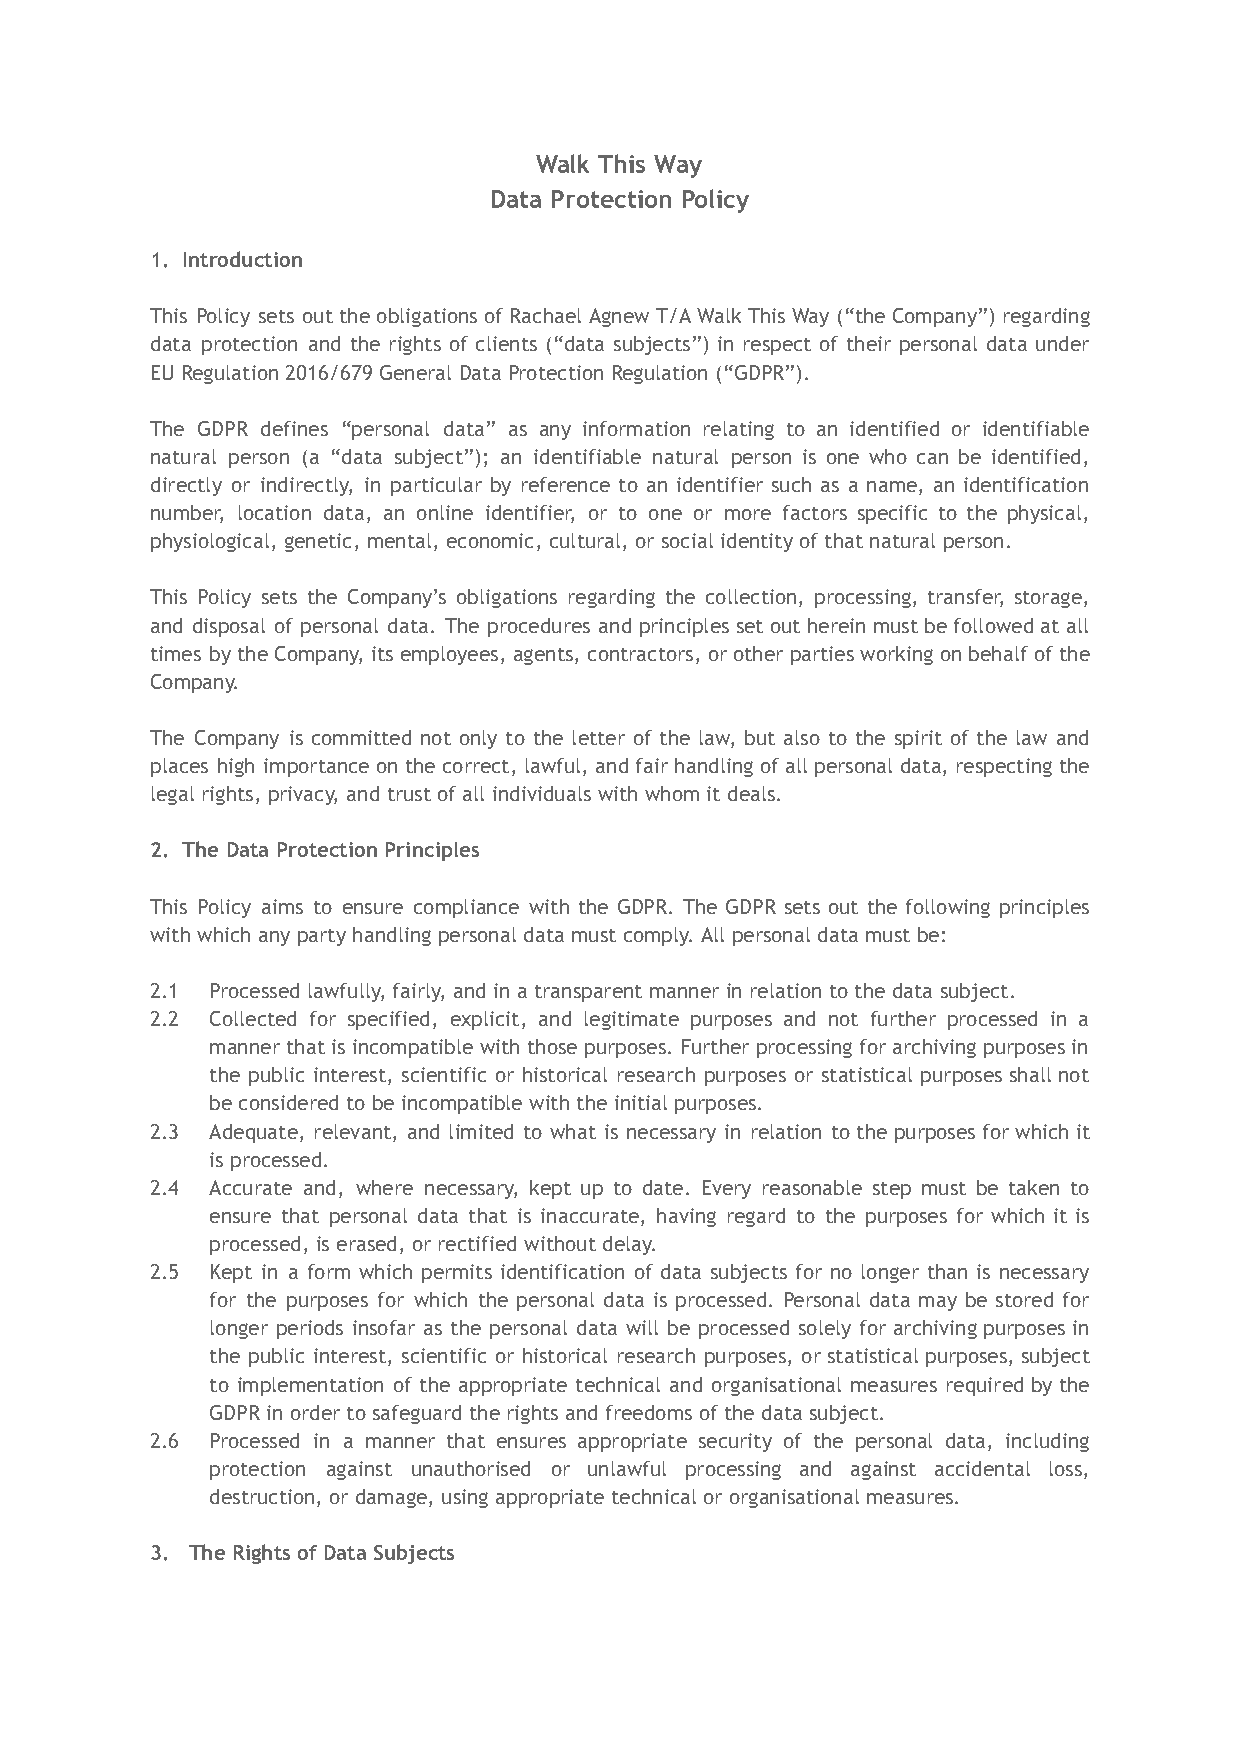
Walk This Way
 Data Protection Policy
 1. Introduction
 This Policy sets out the obligations of Rachael Agnew T/A Walk This Way (“the Company”) regarding
 data protection and the rights of clients (“data subjects”) in respect of their personal data under
 EU Regulation 2016/679 General Data Protection Regulation (“GDPR”).
 The GDPR defines “personal data” as any information relating to an identified or identifiable
 natural person (a “data subject”); an identifiable natural person is one who can be identified,
 directly or indirectly, in particular by reference to an identifier such as a name, an identification
 number, location data, an online identifier, or to one or more factors specific to the physical,
 physiological, genetic, mental, economic, cultural, or social identity of that natural person.
 This Policy sets the Company’s obligations regarding the collection, processing, transfer, storage,
 and disposal of personal data. The procedures and principles set out herein must be followed at all
 times by the Company, its employees, agents, contractors, or other parties working on behalf of the
 Company.
 The Company is committed not only to the letter of the law, but also to the spirit of the law and
 places high importance on the correct, lawful, and fair handling of all personal data, respecting the
 legal rights, privacy, and trust of all individuals with whom it deals.
 2. The Data Protection Principles
 This Policy aims to ensure compliance with the GDPR. The GDPR sets out the following principles
 with which any party handling personal data must comply. All personal data must be:
 2.1 Processed lawfully, fairly, and in a transparent manner in relation to the data subject.
 2.2 Collected for specified, explicit, and legitimate purposes and not further processed in a
 manner that is incompatible with those purposes. Further processing for archiving purposes in
 the public interest, scientific or historical research purposes or statistical purposes shall not
 be considered to be incompatible with the initial purposes.
 2.3 Adequate, relevant, and limited to what is necessary in relation to the purposes for which it
 is processed.
 2.4 Accurate and, where necessary, kept up to date. Every reasonable step must be taken to
 ensure that personal data that is inaccurate, having regard to the purposes for which it is
 processed, is erased, or rectified without delay.
 2.5 Kept in a form which permits identification of data subjects for no longer than is necessary
 for the purposes for which the personal data is processed. Personal data may be stored for
 longer periods insofar as the personal data will be processed solely for archiving purposes in
 the public interest, scientific or historical research purposes, or statistical purposes, subject
 to implementation of the appropriate technical and organisational measures required by the
 GDPR in order to safeguard the rights and freedoms of the data subject.
 2.6 Processed in a manner that ensures appropriate security of the personal data, including
 protection against unauthorised or unlawful processing and against accidental loss,
 destruction, or damage, using appropriate technical or organisational measures.
 3. The Rights of Data Subjects